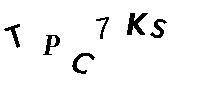
TPC7KS